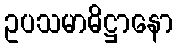
ဥပသမာဓိဋ္ဌာနော